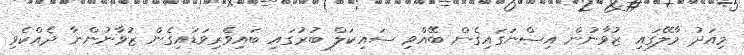
މިއަދު މާލޭގައި ޒުވާނުން އިސްނަގައިގެން ބޭއްވި ސައިކަލް ބުރުގައި ބައިވެރިވަޑައިގެން ޒުވާނުންނާ ދެއްކެވި